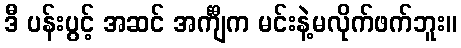
ဒီ ပန်းပွင့် အဆင် အင်္ကျီက မင်းနဲ့မလိုက်ဖက်ဘူး။